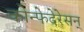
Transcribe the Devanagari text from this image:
कोन्फेदेरेसन्